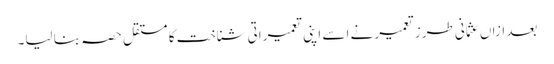
بعد ازاں عثمانی طرز تعمیر نے اسے اپنی تعمیراتی شناخت کا مستقل حصہ بنا لیا۔